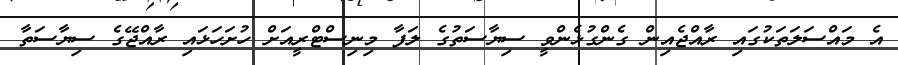
އެ މައްސަލަތަކުގައި ރާއްޖެއިން ގެންގުޅެންވީ ސިޔާސަތުގެ ލަފާ މިނިސްޓްރީއަށް ހުށަހަޅައި ރާއްޖޭގެ ސިޔާސަތާ